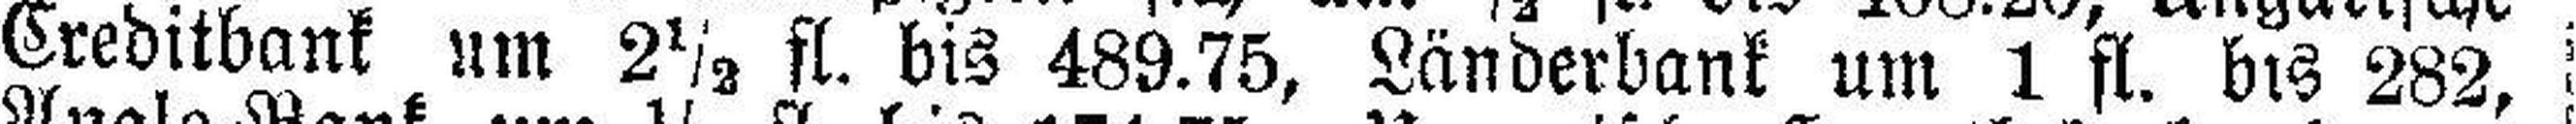
Creditbank um 2½ fl. bis 489.75, Länderbank um 1 fl. bis 282,